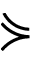
\curlyeqsucc